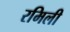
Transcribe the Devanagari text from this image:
रमिली